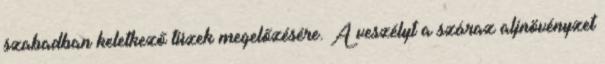
szabadban keletkező tüzek megelőzésére. A veszélyt a száraz aljnövényzet